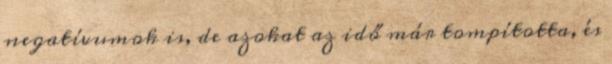
negatívumok is, de azokat az idő már tompította, és